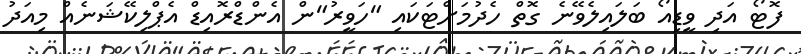
ފޮޓޯ އަދި ވީޑިއޯ ބަލައިލެވޭނެ ގޮތް ހެދުމަށްޓަކައި "ހަވީރު"ން އެންޑްރޮއިޑް އެޕްލިކޭޝަނެއް މިއަދު